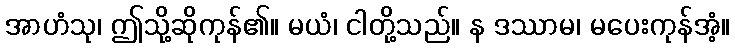
အာဟံသု၊ ဤသို့ဆိုကုန်၏။ မယံ၊ ငါတို့သည်။ န ဒဿာမ၊ မပေးကုန်အံ့။